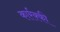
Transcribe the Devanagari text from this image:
कार्रक्की